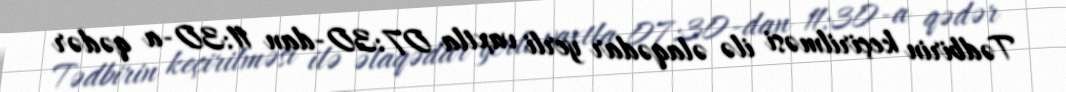
Tədbirin keçirilməsi ilə əlaqədar yerli vaxtla 07:30-dan 11:30-a qədər